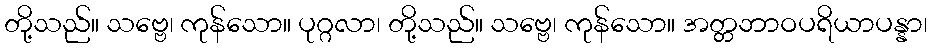
တို့သည်။ သဗ္ဗေ၊ ကုန်သော။ ပုဂ္ဂလာ၊ တို့သည်။ သဗ္ဗေ၊ ကုန်သော။ အတ္တဘာဝပရိယာပန္နာ၊